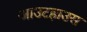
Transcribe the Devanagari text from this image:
आउटहाउस